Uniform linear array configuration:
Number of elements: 32
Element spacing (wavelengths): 0.5
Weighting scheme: exponential
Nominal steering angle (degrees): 30
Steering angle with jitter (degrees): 28.715
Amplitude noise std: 0.05
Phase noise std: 0.05

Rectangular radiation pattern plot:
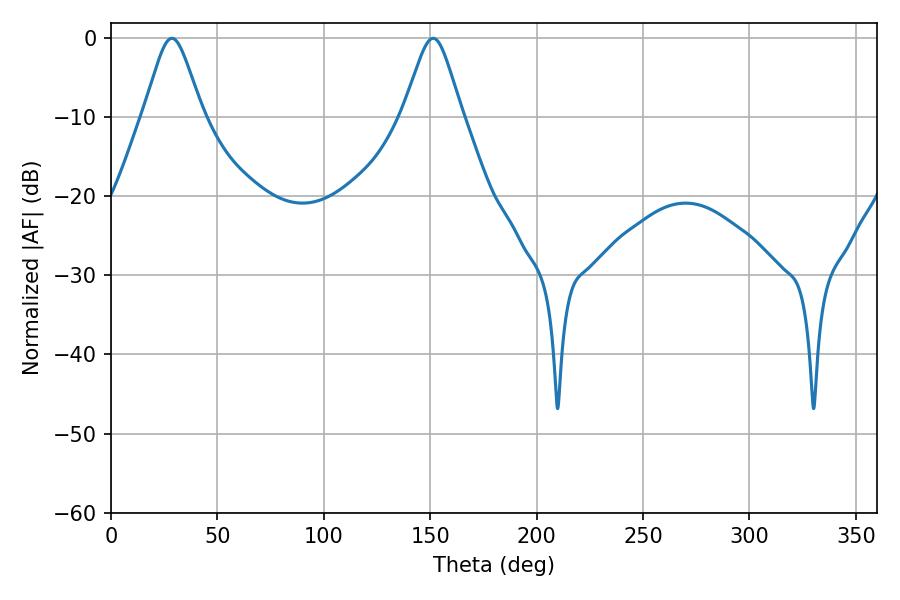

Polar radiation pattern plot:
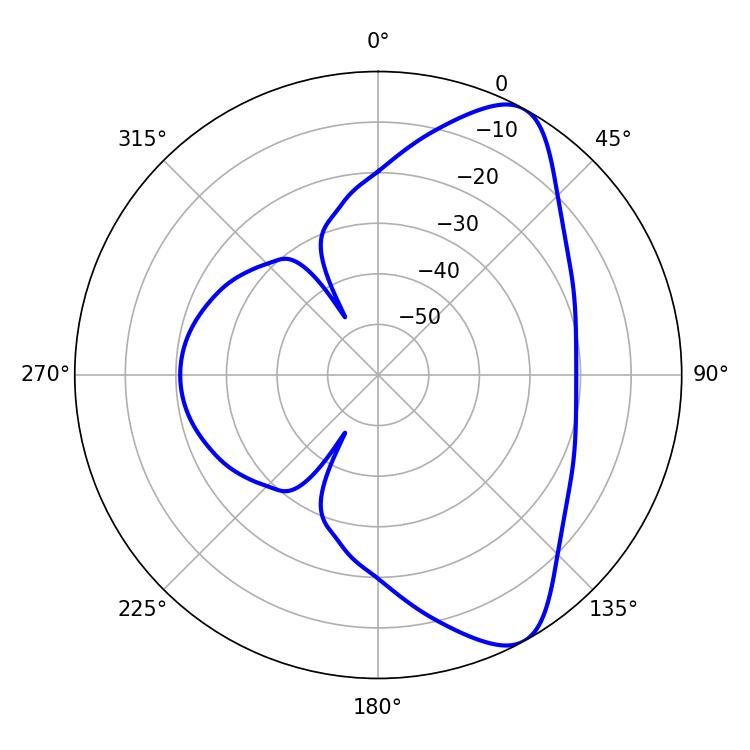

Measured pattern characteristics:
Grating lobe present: FALSE
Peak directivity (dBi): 8.49
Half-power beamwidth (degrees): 13.32
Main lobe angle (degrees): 28.62